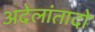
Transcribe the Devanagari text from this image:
अदेलांतादो